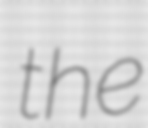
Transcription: the